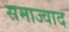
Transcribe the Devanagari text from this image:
समाज्वाद